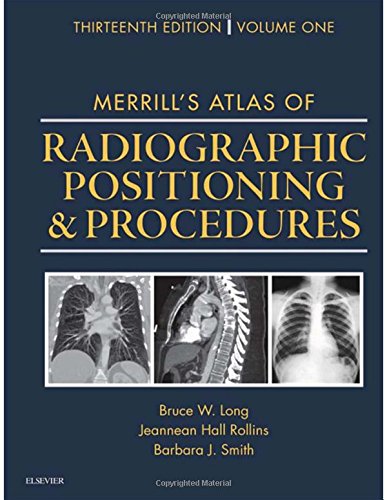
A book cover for Merrill's Atlas of Radiographic Positioning and Procedures: 3-Volume Set, 13e; Bruce W. Long MS  RT(R)(CV)  FASRT; Medical Books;